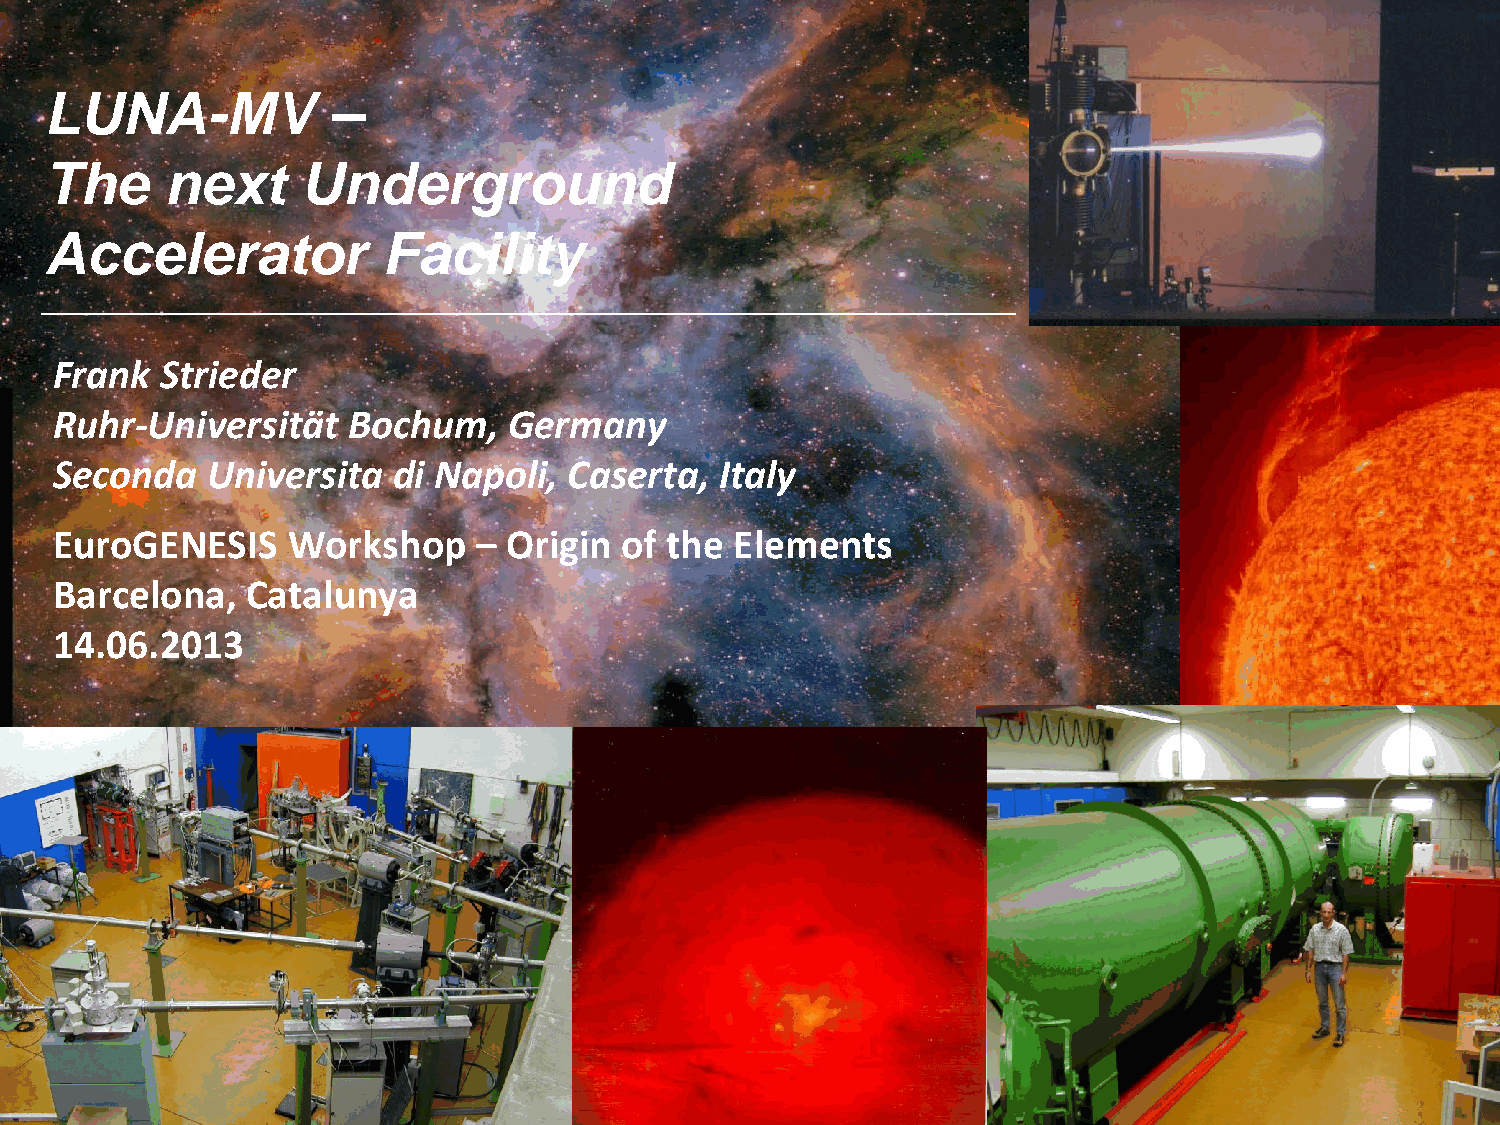
NNUUCCLLEEAARR AASSTTRROOPPHHYYSSIICCSS
 LUNA-MV            –
 The     next     Underground
 Accelerator            Facility
 Frank  Strieder
 Ruhr‐Universität   Bochum,    Germany
 Seconda   Universita  di Napoli,  Caserta,  Italy
 EuroGENESIS    Workshop     – Origin  of the Elements
 Barcelona,   Catalunya
 14.06.2013
 1